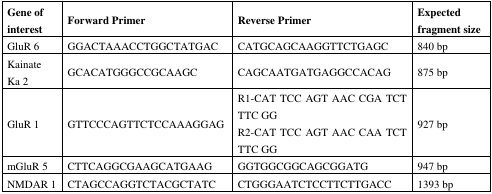
<table><thead><tr><td><b>Gene of interest</b></td><td><b>Forward Primer</b></td><td><b>Reverse Primer</b></td><td><b>Expected fragment size</b></td></tr></thead><tbody><tr><td>GluR 6</td><td>GGACTAAACCTGGCTATGAC</td><td>CATGCAGCAAGGTTCTGAGC</td><td>840 bp</td></tr><tr><td>Kainate Ka 2</td><td>GCACATGGGCCGCAAGC</td><td>CAGCAATGATGAGGCCACAG</td><td>875 bp</td></tr><tr><td>GluR 1</td><td>GTTCCCAGTTCTCCAAAGGAG</td><td>R1-CAT TCC AGT AAC CGA TCT TTC GG R2-CAT TCC AGT AAC CAA TCT TTC GG</td><td>927 bp</td></tr><tr><td>mGluR 5</td><td>CTTCAGGCGAAGCATGAAG</td><td>GGTGGCGGCAGCGGATG</td><td>947 bp</td></tr><tr><td>NMDAR 1</td><td>CTAGCCAGGTCTACGCTATC</td><td>CTGGGAATCTCCTTCTTGACC</td><td>1393 bp</td></tr></tbody></table>